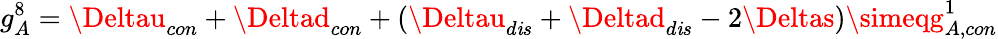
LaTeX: g_{A}^{8}=\Deltau_{con}+\Deltad_{con}+(\Deltau_{d\mathit{i}s}+\Deltad_{d\mathit{i}s}-2\Deltas)\simeqg_{A,con}^{1}